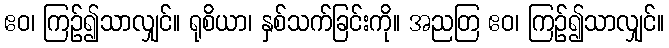
ဧဝ၊ ကြဉ်၍သာလျှင်။ ရုစိယာ၊ နှစ်သက်ခြင်းကို။ အညတြ ဧဝ၊ ကြဉ်၍သာလျှင်။